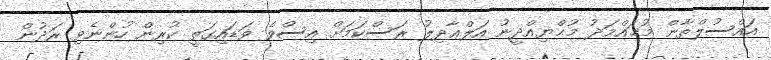
އައްސުލްޠާން މުޙައްމަދު މުޙްޔިއްދީނު އަލްޢާދިލު ރަސްކަމަށް އިސްވެ ވަޑައިގަތީ ކުރިން ހުންނެވި ރަދުން